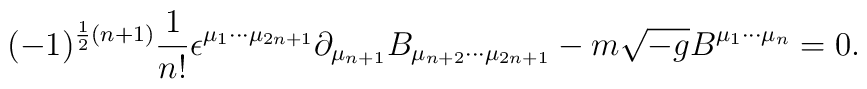
(-1)^{\frac12(n+1)} {1 \over n!} \epsilon^{\mu_1 \cdots \mu_{2n+1}} \partial_{\mu_{n+1}} B_{\mu_{n+2} \cdots \mu_{2n+1}} - m \sqrt{-g} B^{\mu_1 \cdots \mu_n} = 0.